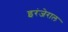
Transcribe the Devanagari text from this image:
इरंजेराल